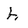
Character: h